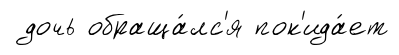
дочь обраща́лс'я пок'ида́ет